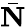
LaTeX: \bar{\mathbf N}